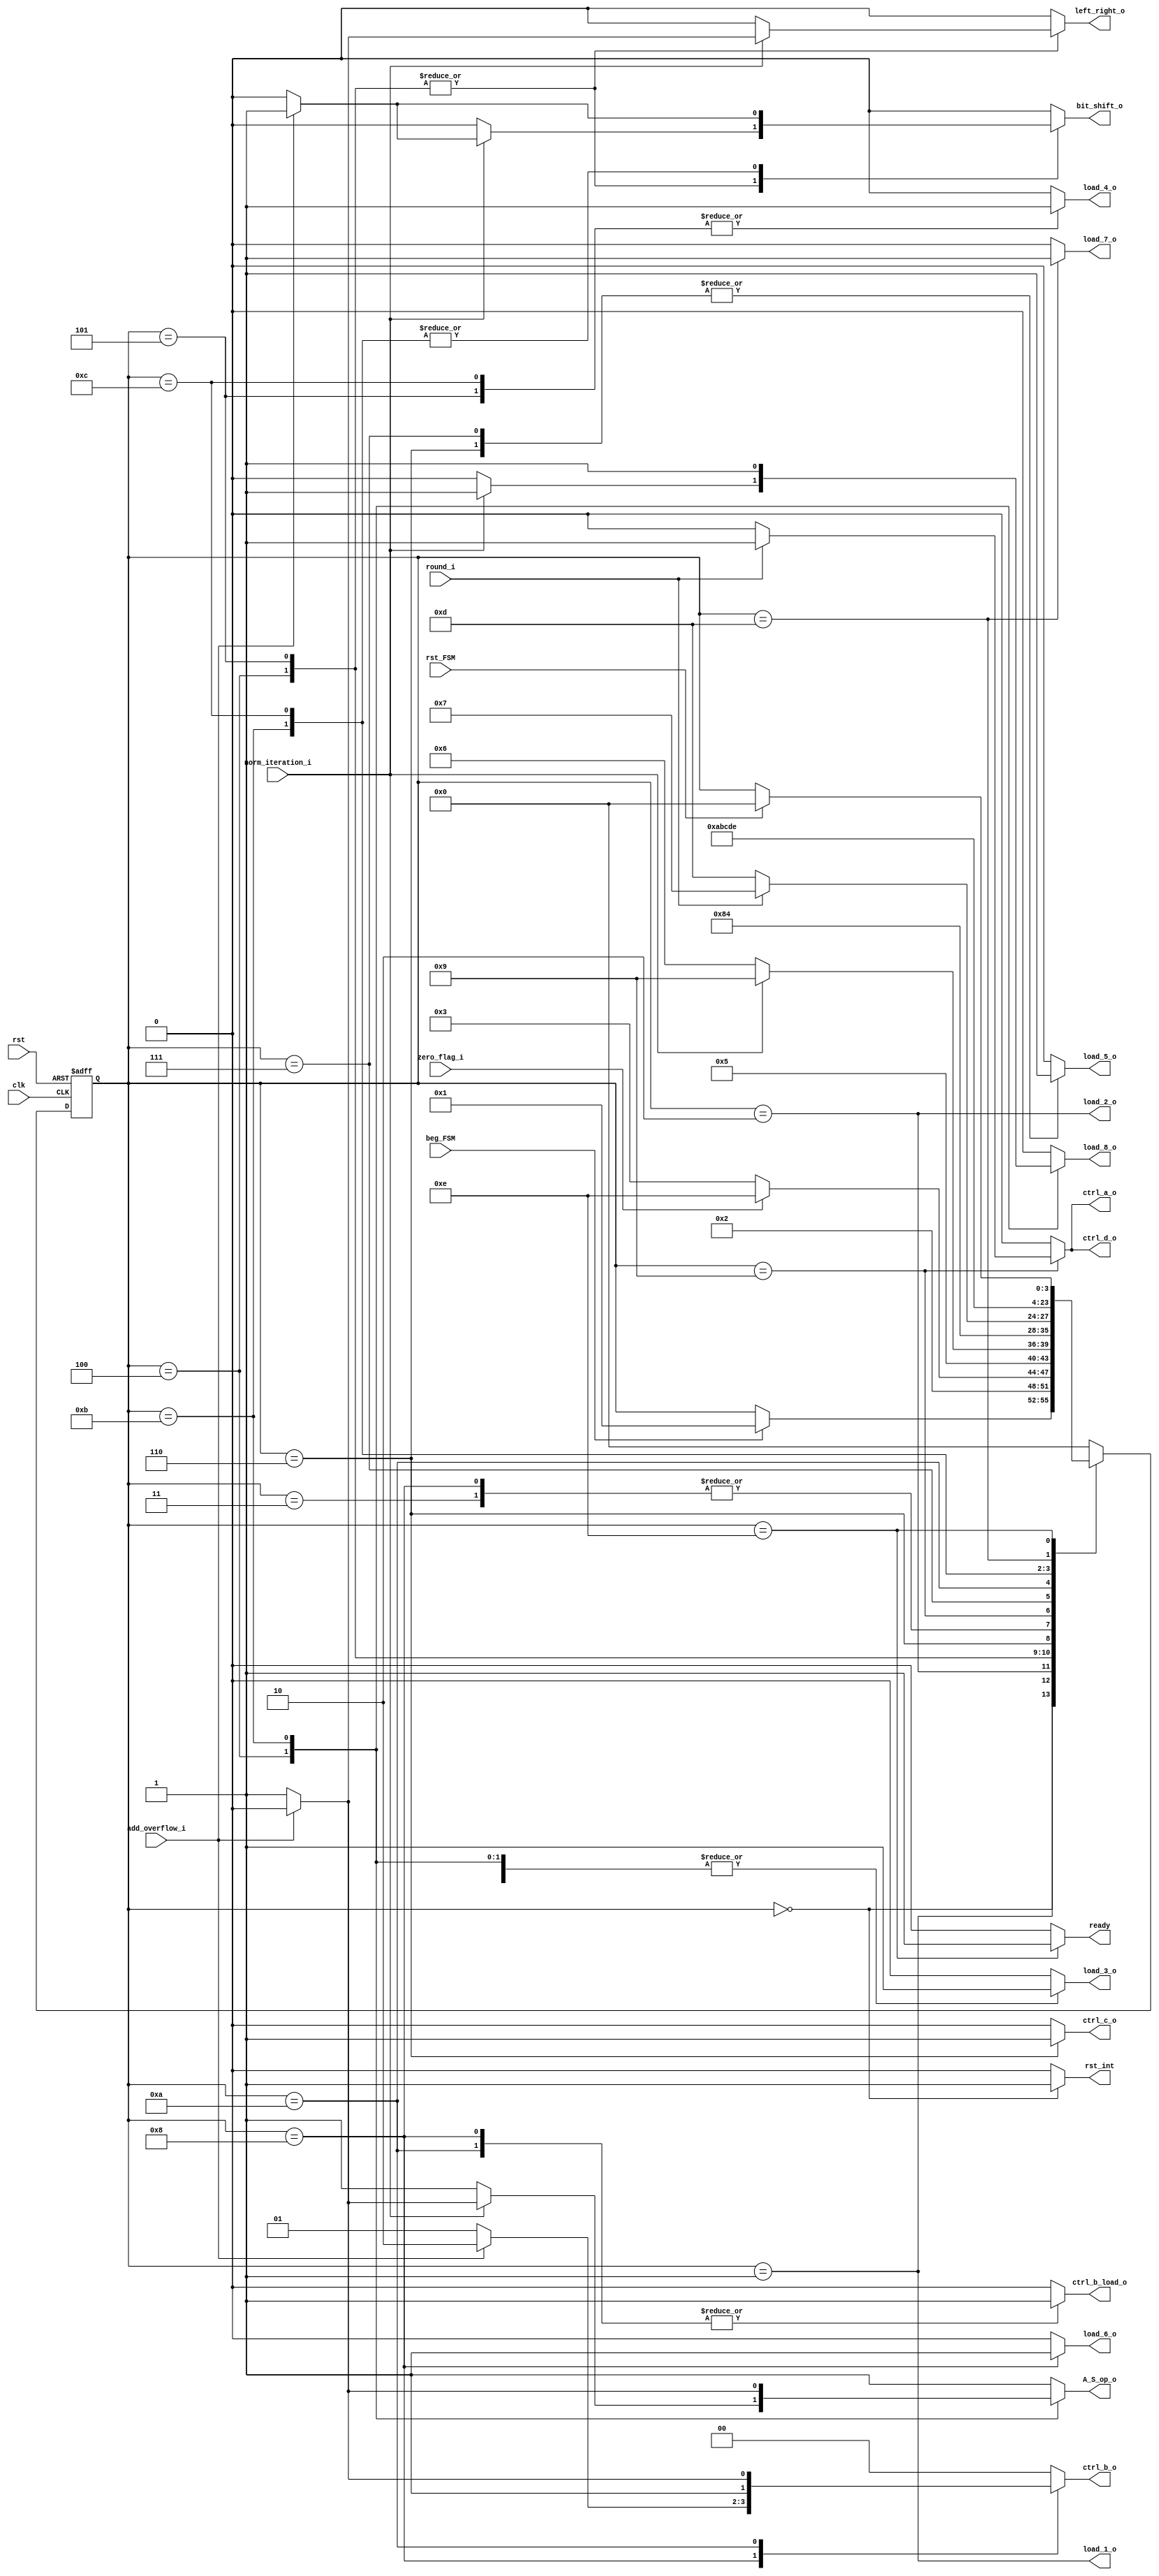
module FSM_Add_Subtract
	(
		input wire clk, 
		input wire rst, 
		input wire rst_FSM,
		input wire beg_FSM, 
		input wire zero_flag_i,
		input wire norm_iteration_i,
		input wire add_overflow_i,
		input wire round_i,
		output wire load_1_o,
		output wire load_2_o,
		output reg load_3_o, 
		output reg load_8_o,
		output reg A_S_op_o, 
		output reg load_4_o, 
		output reg left_right_o, 
		output reg bit_shift_o, 
		output reg load_5_o, 
		output reg load_6_o, 
		output reg load_7_o,
		output reg ctrl_a_o,
		output reg [1:0] ctrl_b_o,
		output reg ctrl_b_load_o,
		output reg ctrl_c_o,
		output reg ctrl_d_o,
		output reg rst_int,
		output reg ready
	 );
localparam [3:0] 
					 start = 4'd0, 
				     load_oper = 4'd1, 
					 zero_info_state = 4'd2, 
					 load_diff_exp = 4'd3, 
					 extra1_64= 4'd4,					
					 norm_sgf_first= 4'd5, 
					 add_subt = 4'd6, 
					 add_subt_r = 4'd7, 
					 overflow_add = 4'd8,
					 round_sgf = 4'd9, 
                      overflow_add_r = 4'd10,
                      extra2_64= 4'd11, 
                      norm_sgf_r = 4'd12, 
                      load_final_result  = 4'd13, 
                      ready_flag = 4'd14; 
reg [3:0] state_reg, state_next ; 
assign load_1_o= (state_reg==load_oper);
assign load_2_o= (state_reg==zero_info_state);
always @(posedge clk, posedge rst)
	if (rst) begin
		state_reg <= start;	
	end
	else begin
		state_reg <= state_next;
	end
always @*
	begin
	state_next = state_reg;
	rst_int = 0;
	load_3_o=0;
	load_8_o=0;
	A_S_op_o=1;
	load_4_o=0;
	left_right_o=0;
	bit_shift_o=0; 
	load_5_o=0;
	load_6_o=0;
	load_7_o=0;
	ctrl_a_o=0;
	ctrl_b_o=2'b00;
	ctrl_b_load_o=0;
	ctrl_c_o=0;
	ctrl_d_o=0;
	ready = 0;
	rst_int = 0;
	case(state_reg)
		start: begin
			rst_int=1;
			if(beg_FSM) begin
				state_next = load_oper;
			end
		end
		load_oper: 
		begin
			state_next = zero_info_state;
		end
		zero_info_state: 
		begin
			if (zero_flag_i)begin
				state_next = ready_flag;end
			else begin
				state_next = load_diff_exp;end
		end
		load_diff_exp: 
		begin
			load_3_o = 1;
			state_next = extra1_64;
		end
        extra1_64:
        begin
        load_3_o = 1;
            if (norm_iteration_i)begin
                load_8_o=1;
                if(add_overflow_i)begin
                    A_S_op_o=0;
                    left_right_o=0;
                    bit_shift_o=1;
                end
	            else begin
	                A_S_op_o=1;
	                left_right_o=1;
	                bit_shift_o=0;
                end
            end               
            state_next = norm_sgf_first;
        end
		norm_sgf_first: 
		begin
			load_4_o = 1;
			if (norm_iteration_i)begin
				if(add_overflow_i)begin
                    left_right_o=0;
                    bit_shift_o=1;
                    state_next = round_sgf;
                end
				else begin
					left_right_o=1;
					bit_shift_o=0;
					state_next = round_sgf;end
			end
			else 
				state_next = add_subt;
		end
		add_subt:
		begin
			load_5_o = 1;
			ctrl_c_o = 1;
			state_next = overflow_add;
		end
		overflow_add:
		begin
			load_6_o=1;
			ctrl_b_load_o=1;
            if ( add_overflow_i)begin
                ctrl_b_o=2'b10;
                end
            else begin
                A_S_op_o=1;
                ctrl_b_o=2'b01;
            end	
            state_next = extra1_64;
		end
		round_sgf:
		begin
			load_4_o = 0;
				if(round_i) begin
					ctrl_d_o =1;
					ctrl_a_o = 1;
					state_next = add_subt_r; end
				else begin
					state_next = load_final_result; end
		end
		add_subt_r:
		begin
			load_5_o = 1;
			state_next = overflow_add_r;
		end
		overflow_add_r:
		begin
            ctrl_b_load_o=1;	
			if ( add_overflow_i)begin
                ctrl_b_o=2'b10;
                end
            else begin
                ctrl_b_o=2'b11;
                end		
		    state_next = extra2_64;
		end
		extra2_64:
		begin
  			load_3_o = 1;
            load_8_o = 1;
			if ( add_overflow_i)begin
                A_S_op_o=0;
	            bit_shift_o=1;
            end
			state_next = norm_sgf_r;
        end
		norm_sgf_r:
		begin
			load_4_o = 1;
			if ( add_overflow_i)begin
                left_right_o=0;
                bit_shift_o=1;
            end
			state_next = load_final_result;
		end
		load_final_result:
		begin
			load_7_o = 1;
			state_next = ready_flag;
		end
		ready_flag:
		begin
			ready = 1;
				if(rst_FSM) begin
					state_next = start;end
		end
		default:
		begin
			state_next =start;end
	endcase
end
endmodule